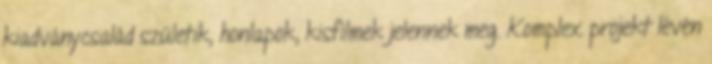
kiadványcsalád születik, honlapok, kisfilmek jelennek meg. Komplex projekt lévén